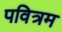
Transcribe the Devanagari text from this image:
पवित्रम